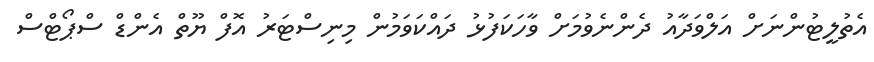
އެތުލީޓުންނަށް އަލްވަދާއު ދެންނެވުމަށް ވާހަކަފުޅު ދައްކަވަމުން މިނިސްޓަރު އޮފް ޔޫތް އެންޑް ސްޕޯޓްސް